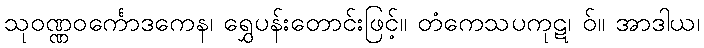
သုဝဏ္ဏဝင်္ကောဒကေန၊ ရွှေပန်းတောင်းဖြင့်။ တံကေသပကုဋ၊ ဝ်။ အာဒါယ၊